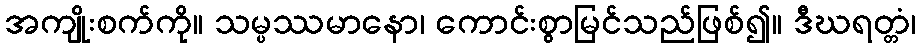
အကျိုးစက်ကို။ သမ္ပဿမာနော၊ ကောင်းစွာမြင်သည်ဖြစ်၍။ ဒီဃရတ္တံ၊